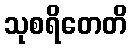
သုစရိတေတိ